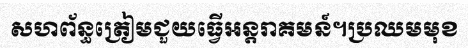
សហព័ន្ធត្រៀមជួយធ្វើអន្តរាគមន៍។ប្រឈមមុខ